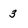
Character: 3